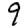
Digit: 9